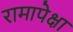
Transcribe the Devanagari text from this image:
रामापेक्षा